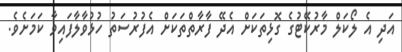
އަދި އެ ލޯކަލް މާރުކޭޓުގެ ގޮޅިތަކަށް އެދޭ ފާރާތްތަކަށް އެފުރުސަތު ހުޅުވާލާފައިވާ ކަމަށެވެ.